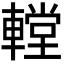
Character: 𨎋